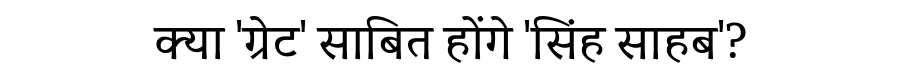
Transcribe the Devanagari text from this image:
क्या 'ग्रेट' साबित होंगे 'सिंह साहब'?